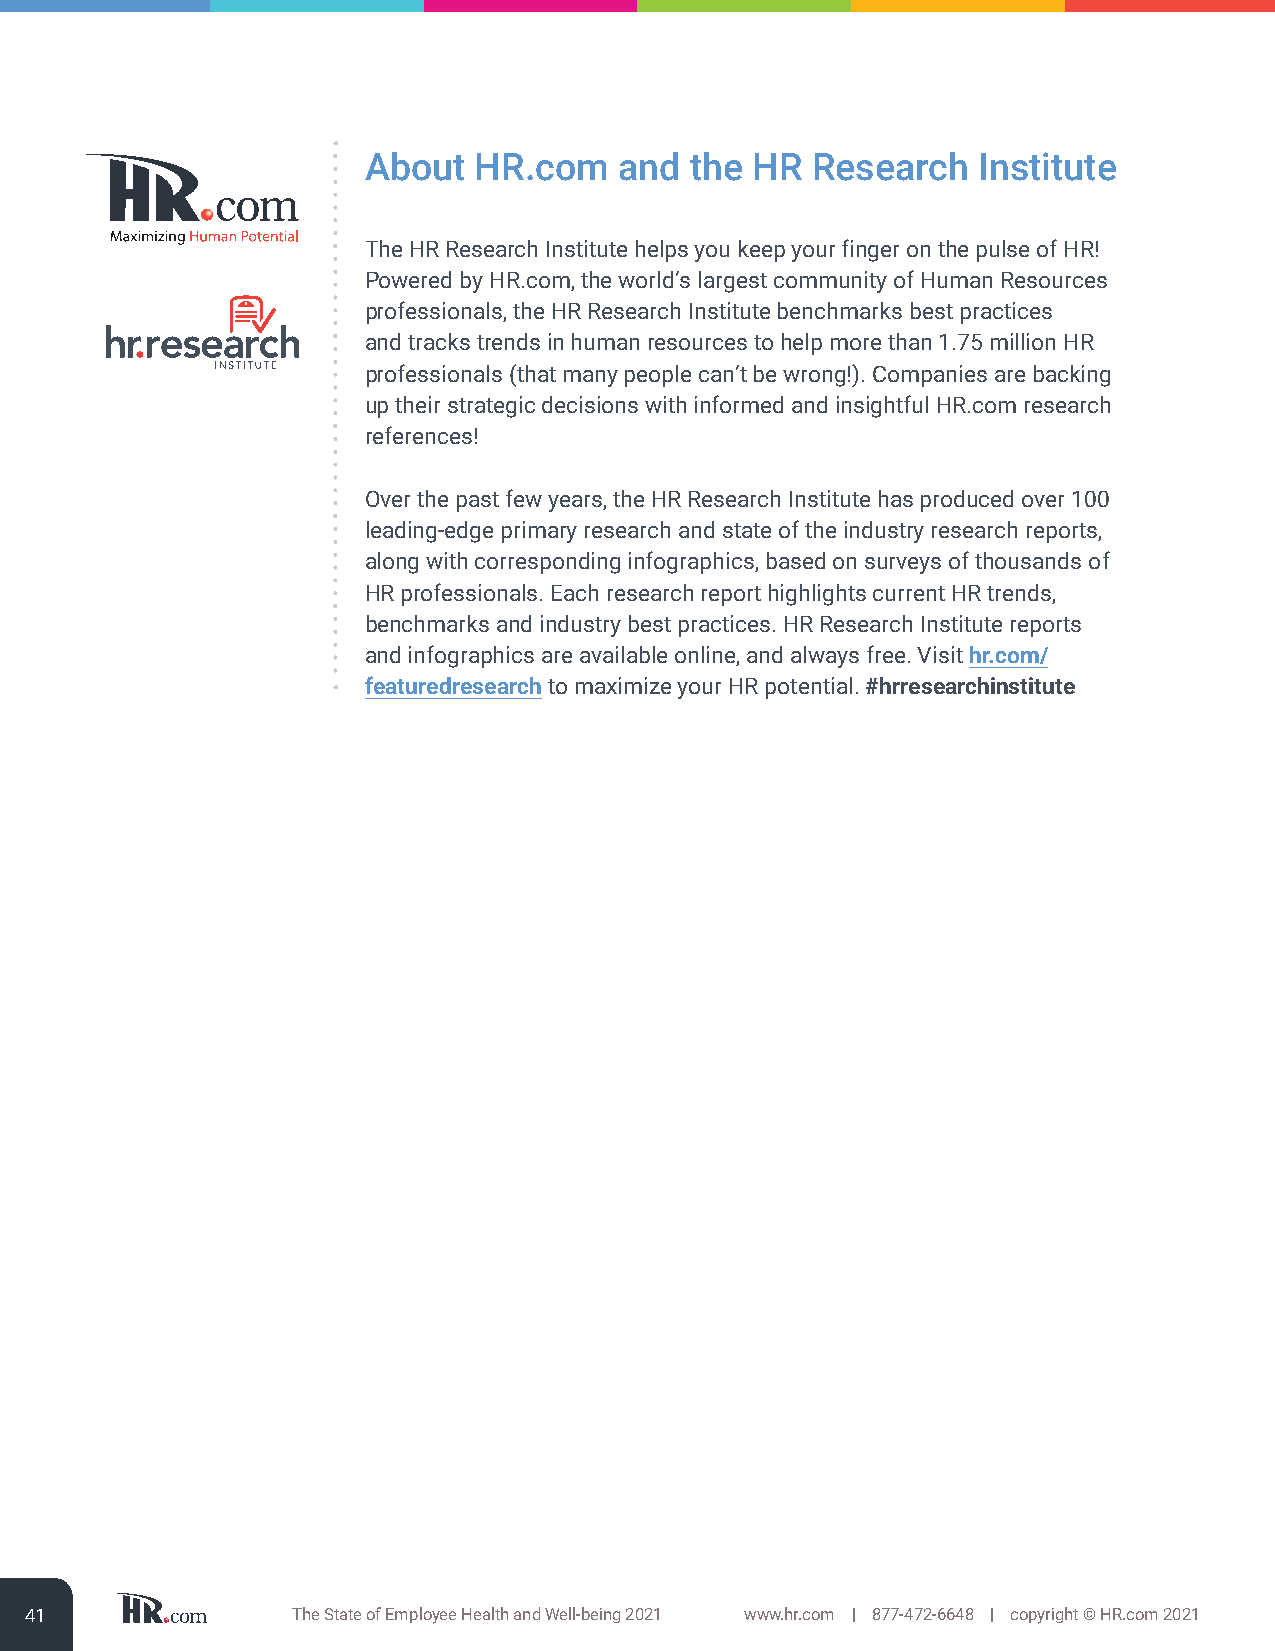
About  HR.com    and  the HR  Research   Institute
 The HR Research Institute helps you keep your finger on the pulse of HR!
 Powered by HR.com, the world’s largest community of Human Resources
 professionals, the HR Research Institute benchmarks best practices
 and tracks trends in human resources to help more than 1.75 million HR
 professionals (that many people can’t be wrong!). Companies are backing
 up their strategic decisions with informed and insightful HR.com research
 references!
 Over the past few years, the HR Research Institute has produced over 100
 leading-edge primary research and state of the industry research reports,
 along with corresponding infographics, based on surveys of thousands of
 HR professionals. Each research report highlights current HR trends,
 benchmarks and industry best practices. HR Research Institute reports
 and infographics are available online, and always free. Visit hr.com/
 featuredresearch to maximize your HR potential. #hrresearchinstitute
 41               The State of Employee Health and Well-being 2021 www.hr.com | 877-472-6648 | copyright © HR.com 2021